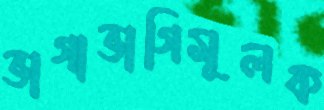
ভাগাভাগিমূলক